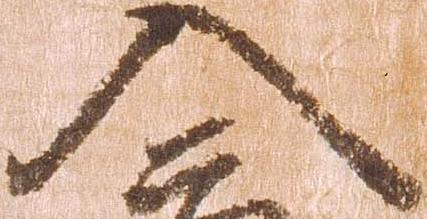
入